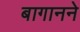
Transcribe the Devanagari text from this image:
बागानने